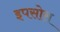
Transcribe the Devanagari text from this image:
इपसोस